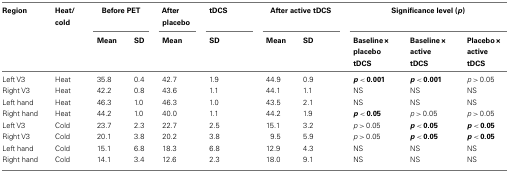
<table><thead><tr><td><b>Region</b></td><td><b>Heat/cold</b></td><td colspan="2"><b>Before PET</b></td><td><b>After placebo</b></td><td><b>tDCS</b></td><td colspan="2"><b>After active tDCS</b></td><td colspan="3"><b>Significance level (<i>p</i>)</b></td></tr><tr><td></td><td></td><td><b>Mean</b></td><td><b>SD</b></td><td><b>Mean</b></td><td><b>SD</b></td><td><b>Mean</b></td><td><b>SD</b></td><td><b>Baseline × placebo tDCS</b></td><td><b>Baseline × active tDCS</b></td><td><b>Placebo × active tDCS</b></td></tr></thead><tbody><tr><td>Left V3</td><td>Heat</td><td>35.8</td><td>0.4</td><td>42.7</td><td>1.9</td><td>44.9</td><td>0.9</td><td><b><i>p</i> &lt; 0.001</b></td><td><b><i>p</i> &lt; 0.001</b></td><td><i>p</i> &gt; 0.05</td></tr><tr><td>Right V3</td><td>Heat</td><td>42.2</td><td>0.8</td><td>43.6</td><td>1.1</td><td>44.1</td><td>1.1</td><td>NS</td><td>NS</td><td>NS</td></tr><tr><td>Left hand</td><td>Heat</td><td>46.3</td><td>1.0</td><td>46.3</td><td>1.0</td><td>43.5</td><td>2.1</td><td>NS</td><td>NS</td><td>NS</td></tr><tr><td>Right hand</td><td>Heat</td><td>44.2</td><td>1.0</td><td>40.0</td><td>1.1</td><td>44.2</td><td>1.9</td><td><b><i>p</i> &lt; 0.05</b></td><td><i>p</i> &gt; 0.05</td><td><i>p</i> &gt; 0.05</td></tr><tr><td>Left V3</td><td>Cold</td><td>23.7</td><td>2.3</td><td>22.7</td><td>2.5</td><td>15.1</td><td>3.2</td><td><i>p</i> &gt; 0.05</td><td><b><i>p</i> &lt; 0.05</b></td><td><b><i>p</i> &lt; 0.05</b></td></tr><tr><td>Right V3</td><td>Cold</td><td>20.1</td><td>3.8</td><td>20.2</td><td>3.8</td><td>9.5</td><td>5.9</td><td><i>p</i> &gt; 0.05</td><td><b><i>p</i> &lt; 0.05</b></td><td><b><i>p</i> &lt; 0.05</b></td></tr><tr><td>Left hand</td><td>Cold</td><td>15.1</td><td>6.8</td><td>18.3</td><td>6.8</td><td>12.9</td><td>4.3</td><td>NS</td><td>NS</td><td>NS</td></tr><tr><td>Right hand</td><td>Cold</td><td>14.1</td><td>3.4</td><td>12.6</td><td>2.3</td><td>18.0</td><td>9.1</td><td>NS</td><td>NS</td><td>NS</td></tr></tbody></table>